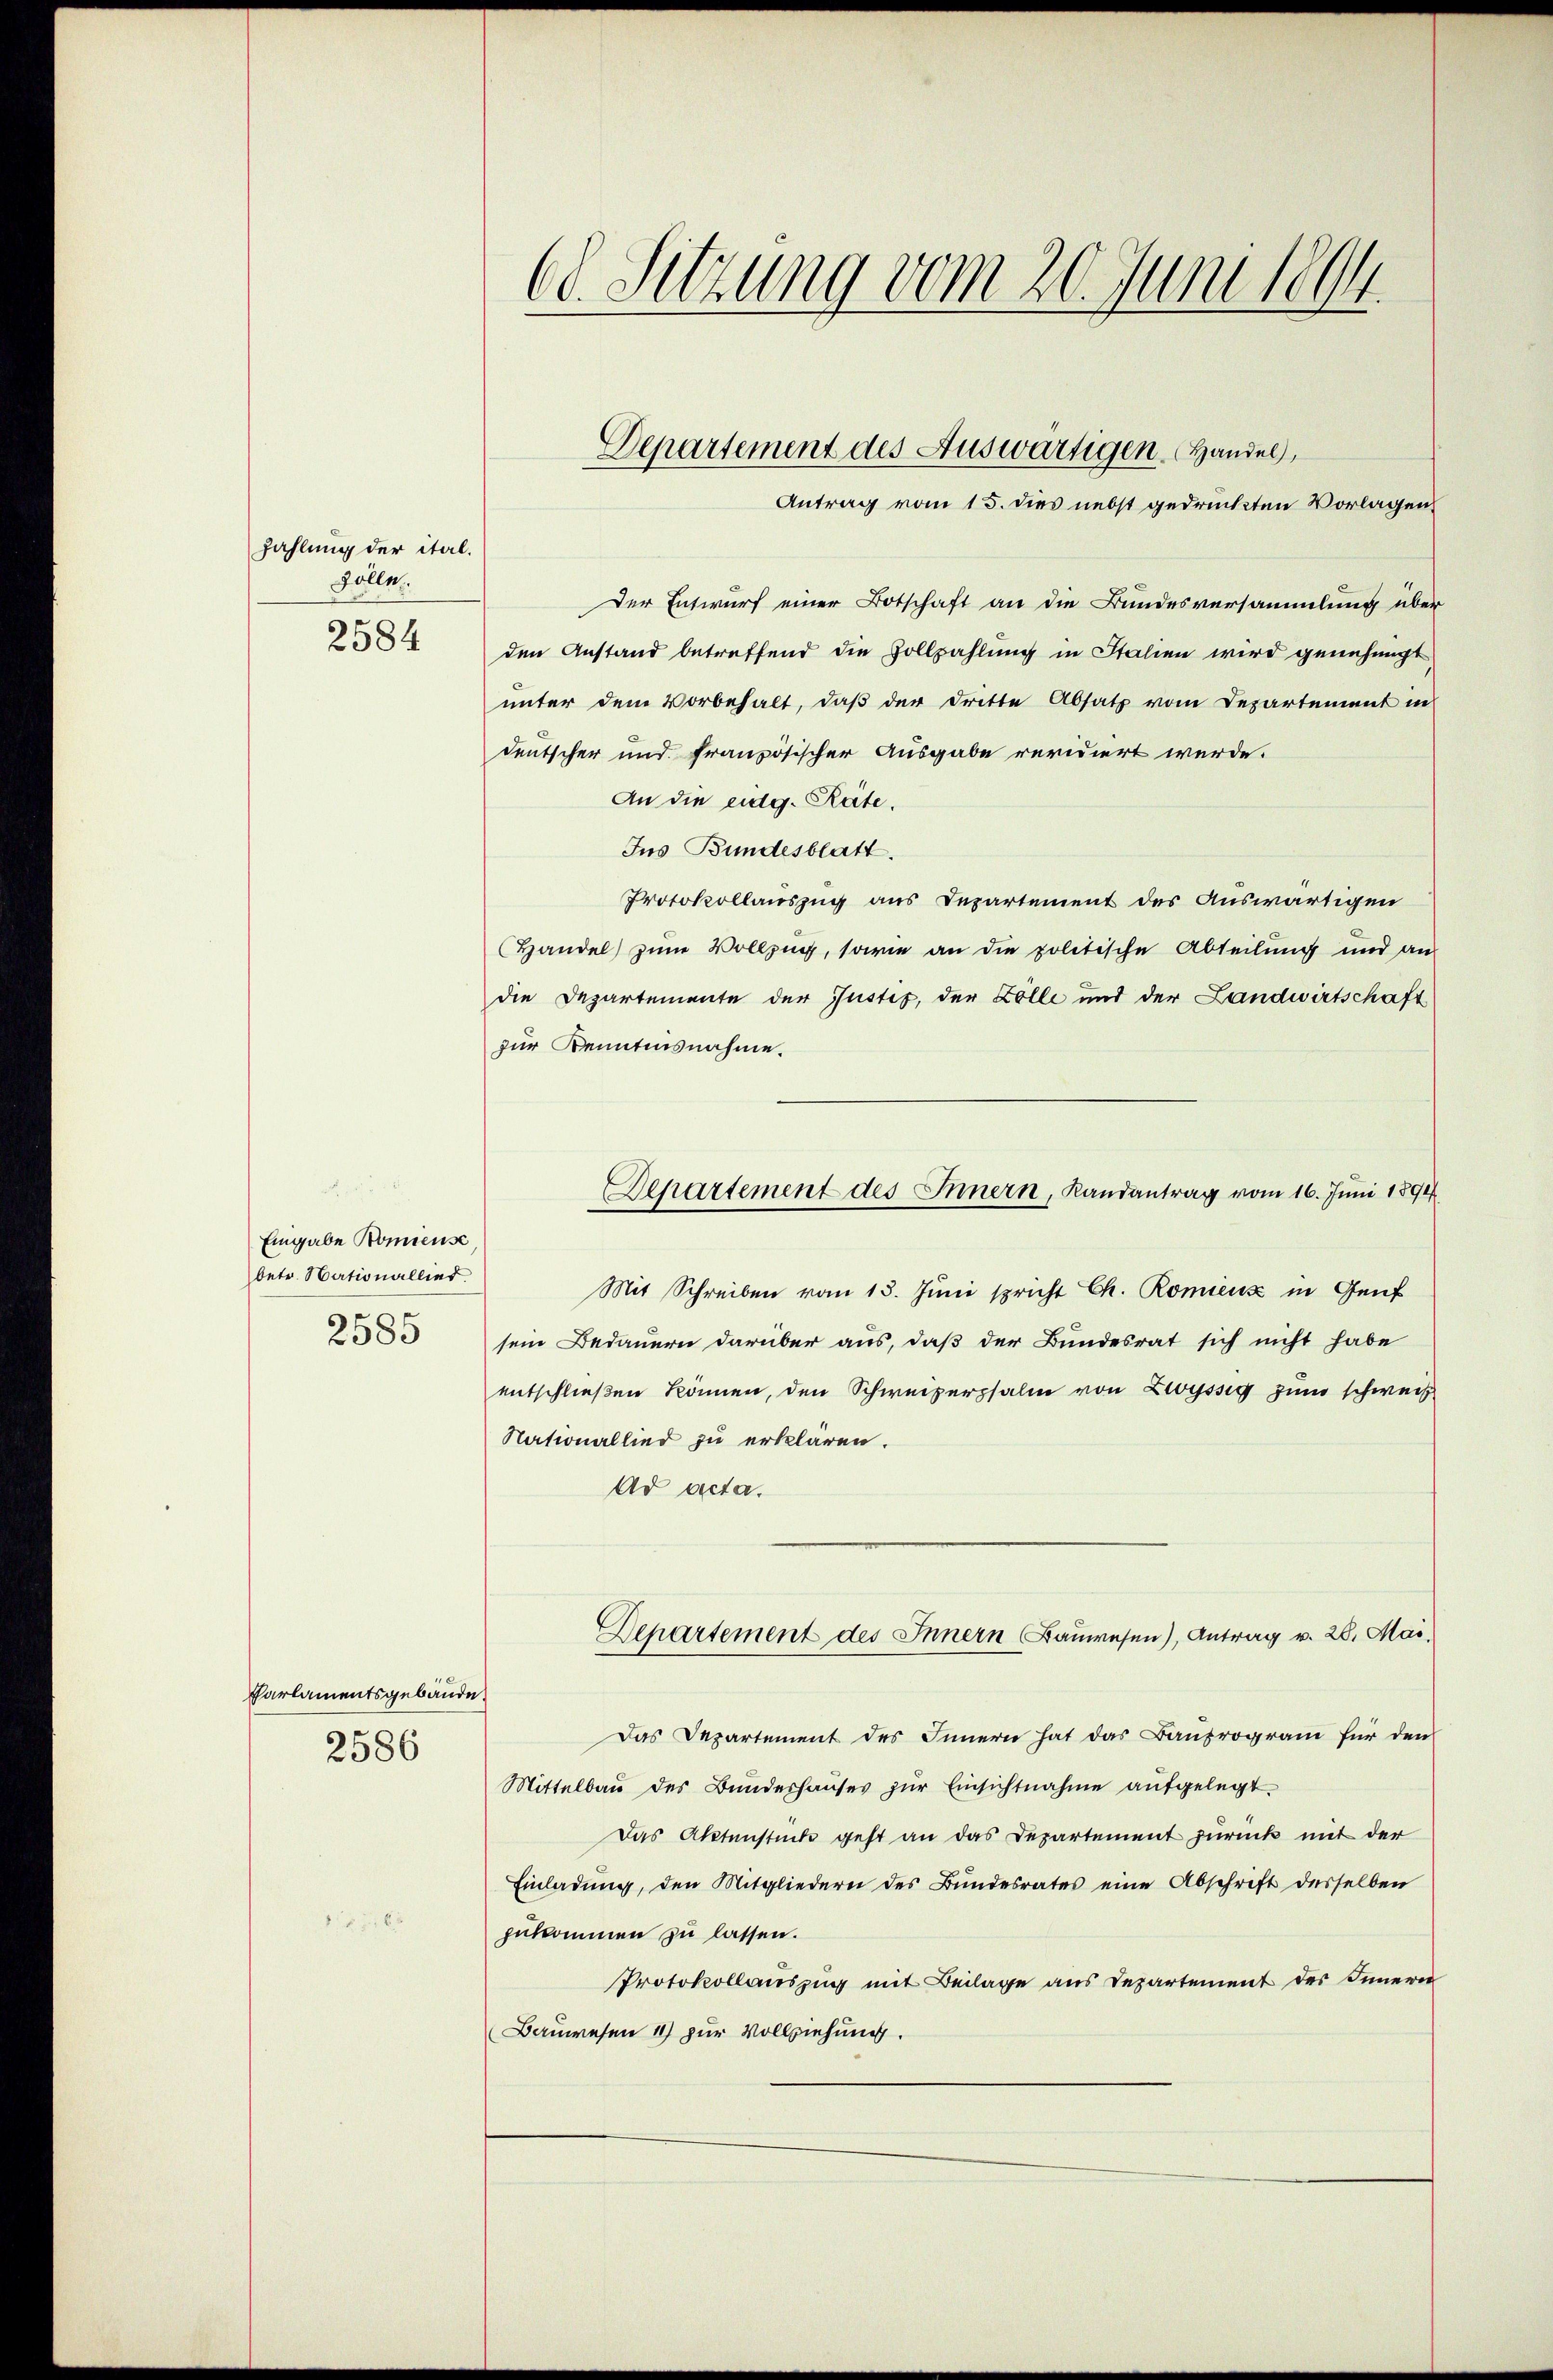
zahlung der ital.
Sollen.
2584

Eingabe Komiense
betr. Nationallier
2585

Parlamentsgebäude.
2586

68. Sitzung vom 20. Juni 1894.

Der Entwurf einer Botschaft an die Bundesversammlung über
den Anstand betreffend die Vollzahlung in Italien wird genehmigt
unter dem Vorbehalt, daß der dritte Absatz vom Departement in
deutscher und Französischer Ausgabe revidiert werde.
An die eidg. Räte.
Jus Bundesblatt.
Protokollauszug aus Departement des Auswärtigen
Handel zum Vollzug, sowie an die politische Abteilung und an
die Departemente der Justiz, der Zölle und der Landwirtschaft
zur Kenntnisnahme.
Mit Schreiben vom 13. Juni spricht Ch. Romienz in Genf
sein Bedauern darüber aus, daß der Bundesrat sich nicht habe
entschließen können, den Schweizerpsalm von Zwyssig zum schweiz
Nationallied zu erklären.
Ad acta.
Departement des Innern Bauwesen), Antrag v. 28. Mai,
Das Departement des Innern hat das Bauprogram für den
Mittelbaŭ des Bŭndeshauses zŭr Einsichtnahme aufgelegt.
Das Aktenstücke geht an das Departement zurück mit der
Einladŭng, den Mitgliedern des Bŭndesrates eine Abschrift desselben
zukommen zu lassen.
Protokollauszug mit Beilage aus Departement des Innern
Bauwesen 11 zur Vollziehung.

Departement des Auswärtigen. Handel,
Antrag vom 15. dies nebst gedruckten Vorlagen

Departement des Innern, Landantrag vom 16. Juni 1894